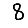
Digit: 8